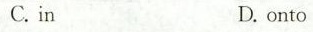
C.inD. onto